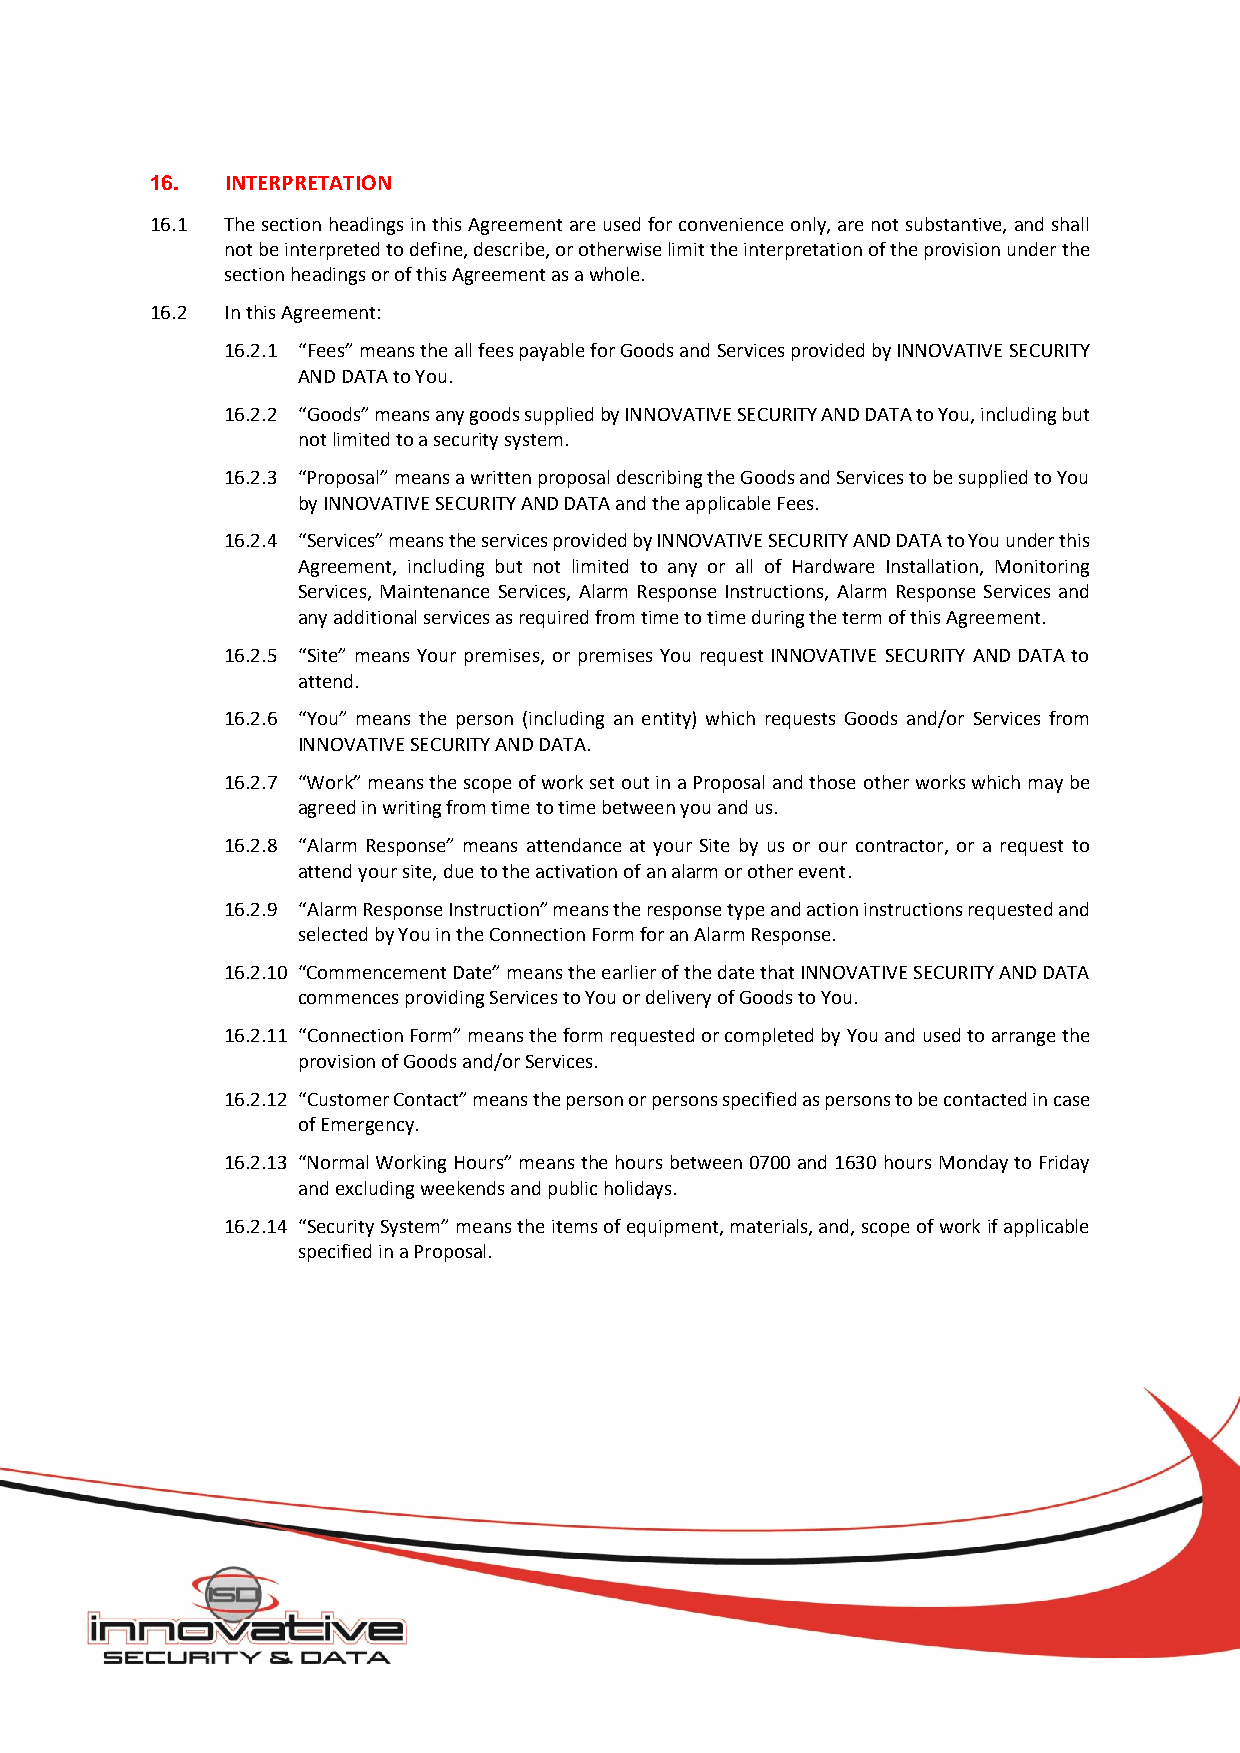
16.  INTERPRETATION
 16.1 The section headings in this Agreement are used for convenience only, are not substantive, and shall
 not be interpreted to define, describe, or otherwise limit the interpretation of the provision under the
 section headings or of this Agreement as a whole.
 16.2 In this Agreement:
 16.2.1 “Fees” means the all fees payable for Goods and Services provided by INNOVATIVE SECURITY
 AND DATA to You.
 16.2.2 “Goods” means any goods supplied by INNOVATIVE SECURITY AND DATA to You, including but
 not limited to a security system.
 16.2.3 “Proposal” means a written proposal describing the Goods and Services to be supplied to You
 by INNOVATIVE SECURITY AND DATA and the applicable Fees.
 16.2.4 “Services” means the services provided by INNOVATIVE SECURITY AND DATA to You under this
 Agreement, including but not limited to any or all of Hardware Installation, Monitoring
 Services, Maintenance Services, Alarm Response Instructions, Alarm Response Services and
 any additional services as required from time to time during the term of this Agreement.
 16.2.5 “Site” means Your premises, or premises You request INNOVATIVE SECURITY AND DATA to
 attend.
 16.2.6 “You” means the person (including an entity) which requests Goods and/or Services from
 INNOVATIVE SECURITY AND DATA.
 16.2.7 “Work” means the scope of work set out in a Proposal and those other works which may be
 agreed in writing from time to time between you and us.
 16.2.8 “Alarm Response” means attendance at your Site by us or our contractor, or a request to
 attend your site, due to the activation of an alarm or other event.
 16.2.9 “Alarm Response Instruction” means the response type and action instructions requested and
 selected by You in the Connection Form for an Alarm Response.
 16.2.10 “Commencement Date” means the earlier of the date that INNOVATIVE SECURITY AND DATA
 commences providing Services to You or delivery of Goods to You.
 16.2.11 “Connection Form” means the form requested or completed by You and used to arrange the
 provision of Goods and/or Services.
 16.2.12 “Customer Contact” means the person or persons specified as persons to be contacted in case
 of Emergency.
 16.2.13 “Normal Working Hours” means the hours between 0700 and 1630 hours Monday to Friday
 and excluding weekends and public holidays.
 16.2.14 “Security System” means the items of equipment, materials, and, scope of work if applicable
 specified in a Proposal.